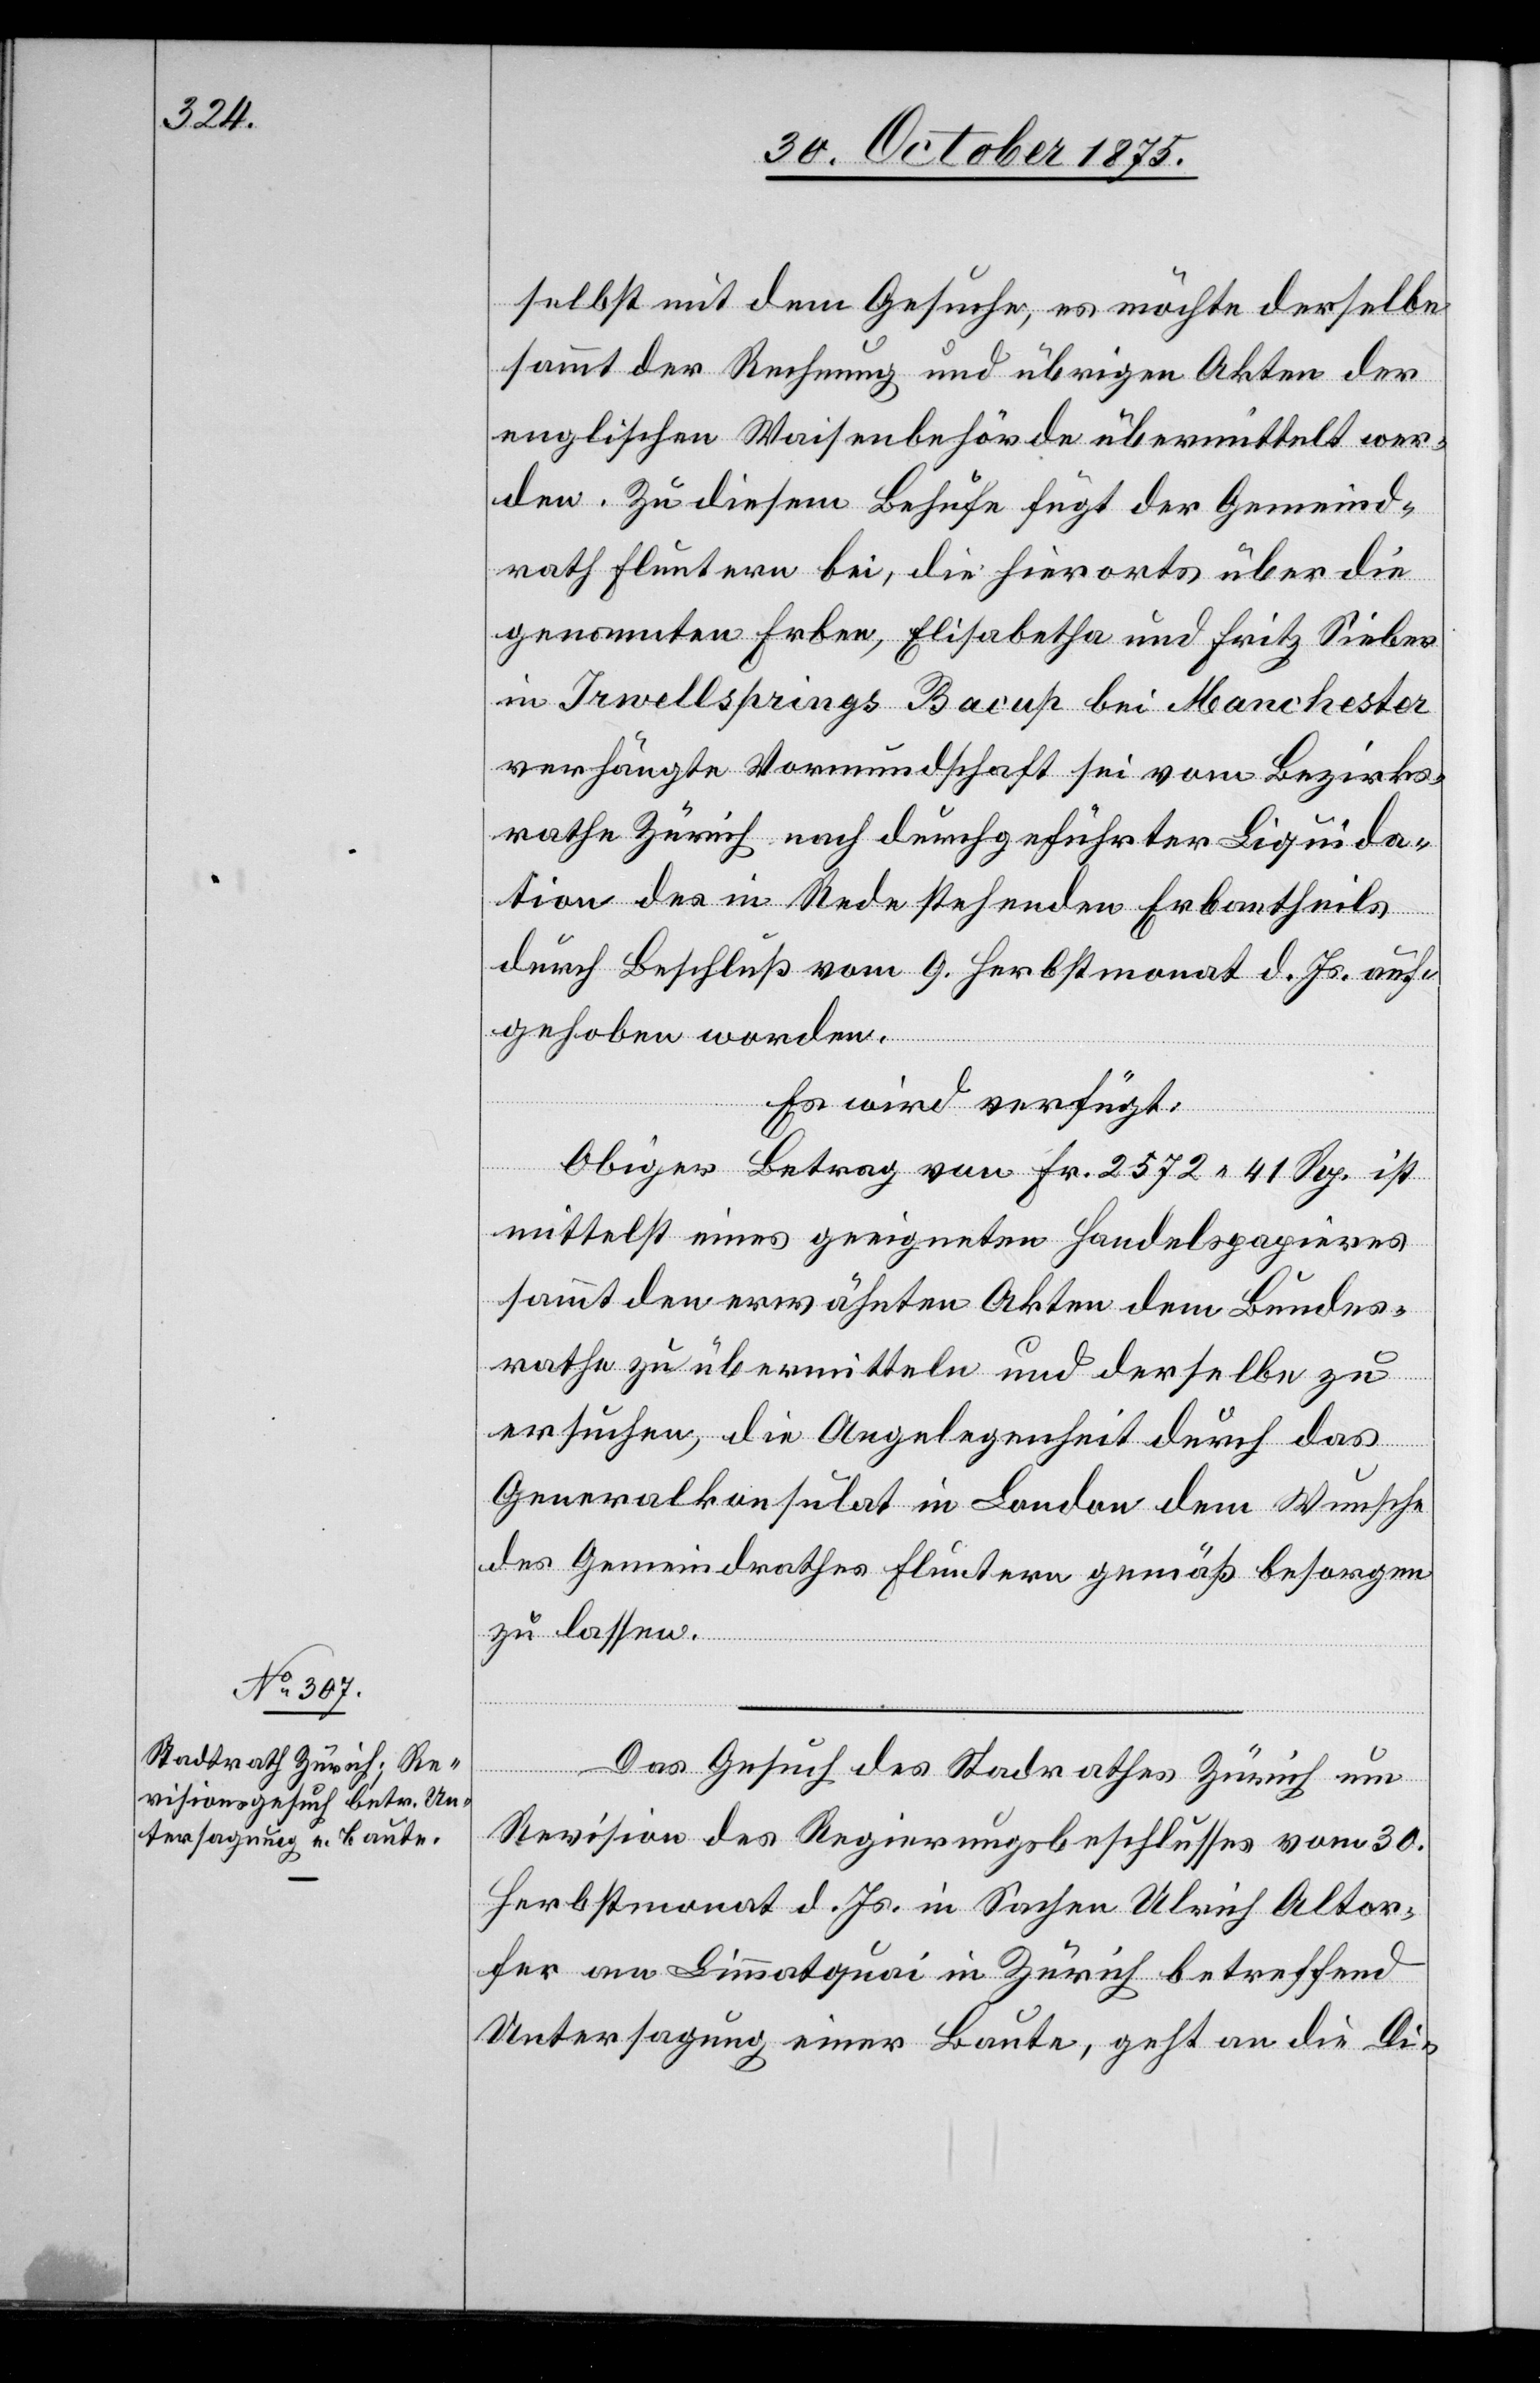
selbst mit dem Gesuche, es möchte derselbe
sammt der Rechnung und übrigen Akten der
englischen Waisenbehörde übermittelt wer¬
den. Zu diesem Behufe fügt der Gemeind¬
rath Fluntern bei, die hierorts über die
genannten Erben, Elisabetha und Fritz Sieber
in Irwellsprings Bacup bei Manchester
verhängte Vormundschaft sei vom Bezirks¬
rathe Zürich nach durchgeführter Liquida¬
tion des in Rede stehenden Erbantheils
durch Beschluß vom 9. Herbstmonat d. Js. auf¬
gehoben worden.
Es wird verfügt:
Obiger Betrag von Fr. 2572 41 Rp. ist
mittelst eines geeigneten Handelspapieres
sammt den erwähnten Akten dem Bundes¬
rathe zu übermitteln und derselbe zu
ersuchen, die Angelegenheit durch das
Generalkonsulat in London dem Wunsche
des Gemeindrathes Fluntern gemäß besorgen
zu lassen.
ber
Das Gesuch des Stadtrathes Zürich um
Revision des Regierungsbeschlusses vom 30.
Herbstmonat d. Js. in Sachen Ulrich Altor¬
fer am Limmatquai in Zürich betreffend
Untersagung einer Baute, geht an die Di-